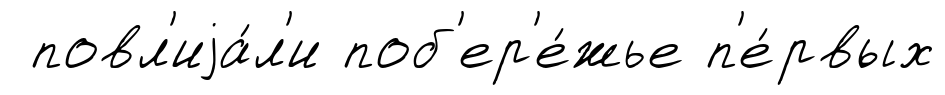
повл'иjа́л'и поб'ер'е́жье п'е́рвых